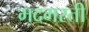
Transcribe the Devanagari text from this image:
मदमस्ती